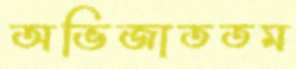
অভিজাততম